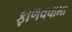
ફાળવવામા